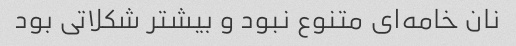
نان خامه‌ای متنوع نبود و بیشتر شکلاتی بود